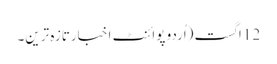
12 اگست (اُردو پوائنٹ اخبارتازہ ترین۔